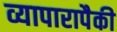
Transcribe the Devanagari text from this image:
व्यापारापैकी